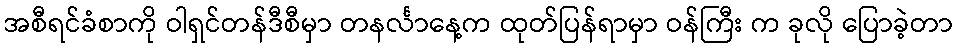
အစီရင်ခံစာကို ဝါရှင်တန်ဒီစီမှာ တနင်္လာနေ့က ထုတ်ပြန်ရာမှာ ဝန်ကြီး က ခုလို ပြောခဲ့တာ